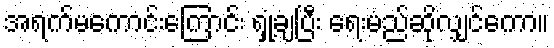
အရက်မကောင်းကြောင်း ရှုံ့ချပြီး ရေးမည်ဆိုလျှင်ကော။